Source: Handwritten
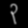
Digit: ၃ (3)